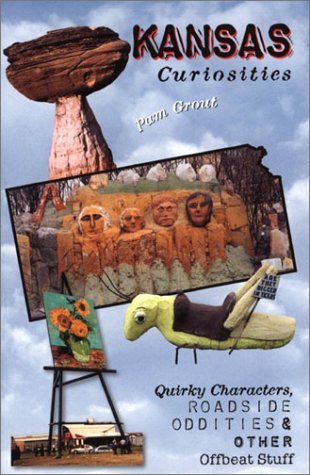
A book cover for Kansas Curiosities: Quirky Characters, Roadside Oddities & Other Offbeat Stuff (Curiosities Series); Pam Grout; Travel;